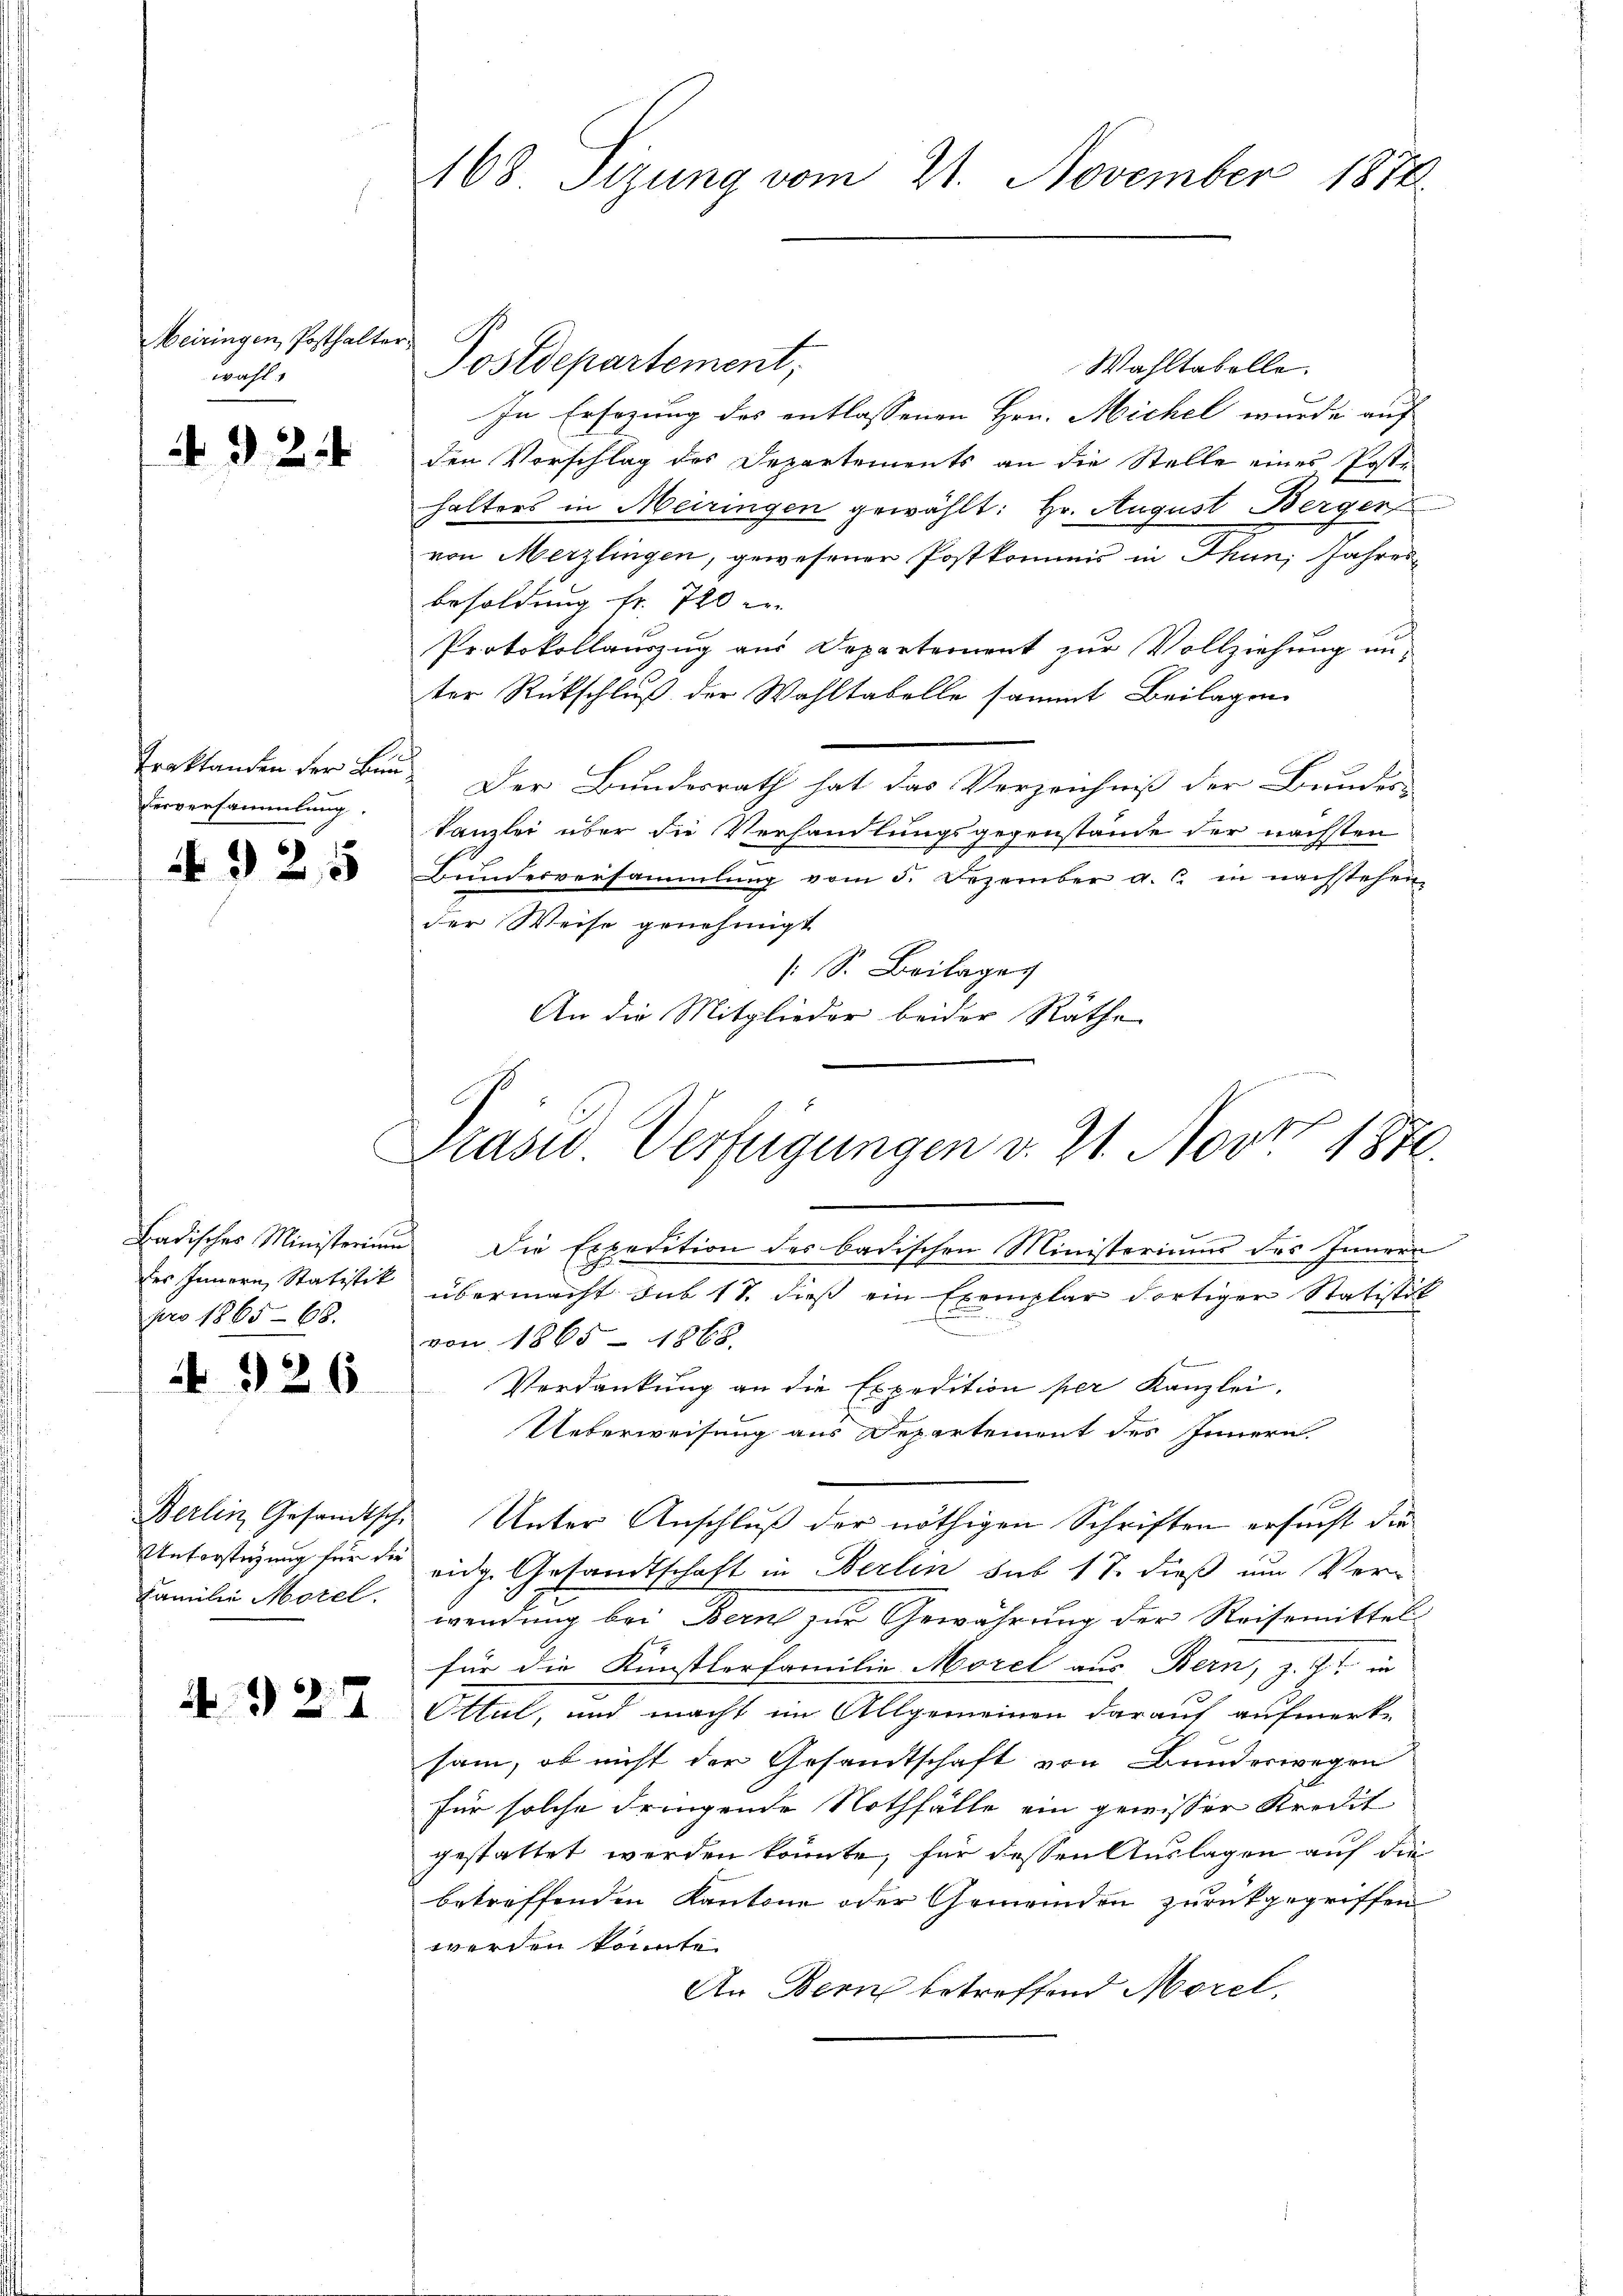
Meiringen, Posthalte
wahl 1
432.

Traktanden der Bunderversammlung.

4925

des Innern, Statistik
pro 1865-68.
4 326

Familie Morel.

324

168 Sizung vom 21. November 1872

Postdepartement;
Wahltabelle.
In Ersezung des entlassenen Hrn. Michel wurde auf
den Vorschlag des Departements an die Stelle eines Poste
halters in Meiringen gewählt: Hr. August Berger
von Merzlingen, gewesener Postkommis in Thun, Jahres
besoldung fr. 720
Protokollauszug aus Departement zur Vollziehung un-
ter Rückschluß der Wahltabelle sammt Beilagen
Der Bundesrath hat das Verzeichniß der Bundes-
Kanzlei über die Verhandlungsgegenstände der nächsten
Bŭndesversammlung vom 5. Dezember a. c. in nachstehen
der Weise genehmigt
[S. Beilage
An die Mitglieder beider Räthe
Badisches Ministerium Die Expedition des badischen Ministeriums des Innern
übermacht sub 11 dieß ein Exemplar dortigen Statistik
von 1865 - 1868.
Verdankung an die Expedition per Kanzlei.
Ueberweisung aus Departement des Innern.
Berlin Gesandtsche Unter Anschluß der nöthigen Schriften ersucht die
Unterstüzung für die eidg. Gesandtschaft in Berlin sub 1 S. dieß um Ver-
wendung bei Bern zur Gewährung der Reisemittel:
für die Künstlerfamilie Morel aus Bern, z. Z. in
Ottul, und macht im Allgemeinen darauf aufmerk-
sam, ob nicht der Gesandtschaft von Bunderwegen
für solche dringende Nothfälle ein gewisser Kredit
gestattet werden könnte, für dessen Auslagen auf die
betreffenden Kantone oder Gemeinden zurückgegriffen
werden könnte.
An Bern betreffend Morel,

Präsid. Verfügungen v. 21. Nov 1876.